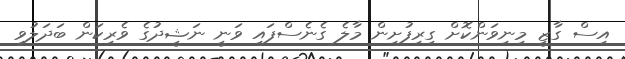
އިސް ގާޒީ މިނިވަންކޮށް ގިރިފުށިން މާލެ ގެނެސްފައި ވަނީ ނަޝީދުގެ ވެރިކަން ބަދަލުވި